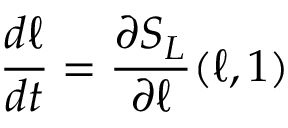
\frac { d \ell } { d t } = \frac { \partial S _ { L } } { \partial \ell } ( \ell , 1 )